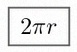
2\pi r